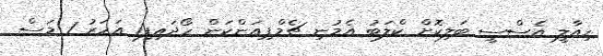
ހިއާލީ އެސްސީ ބަލިކޮށް ކްލަބު އެމުނި ޗެމްޕިއަންކަން ހޯދައިފި1 އަހަރު 1 މަސް